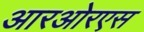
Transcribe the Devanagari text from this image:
आरओरएस